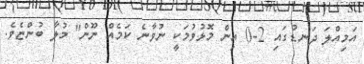
އަމިއްލަ ދަނޑުގައި 2-0 އިން މޮޅުވުމަކީ ނުވާނެ ކަމެއް ނޫން" މުލާ ބުންޏެވެ.